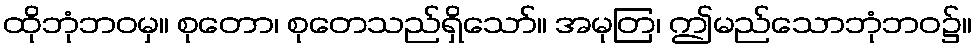
ထိုဘုံဘဝမှ။ စုတော၊ စုတေသည်ရှိသော်။ အမုတြ၊ ဤမည်သောဘုံဘဝ၌။